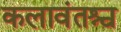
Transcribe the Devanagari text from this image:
कलावंतश्च